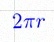
2\pi r